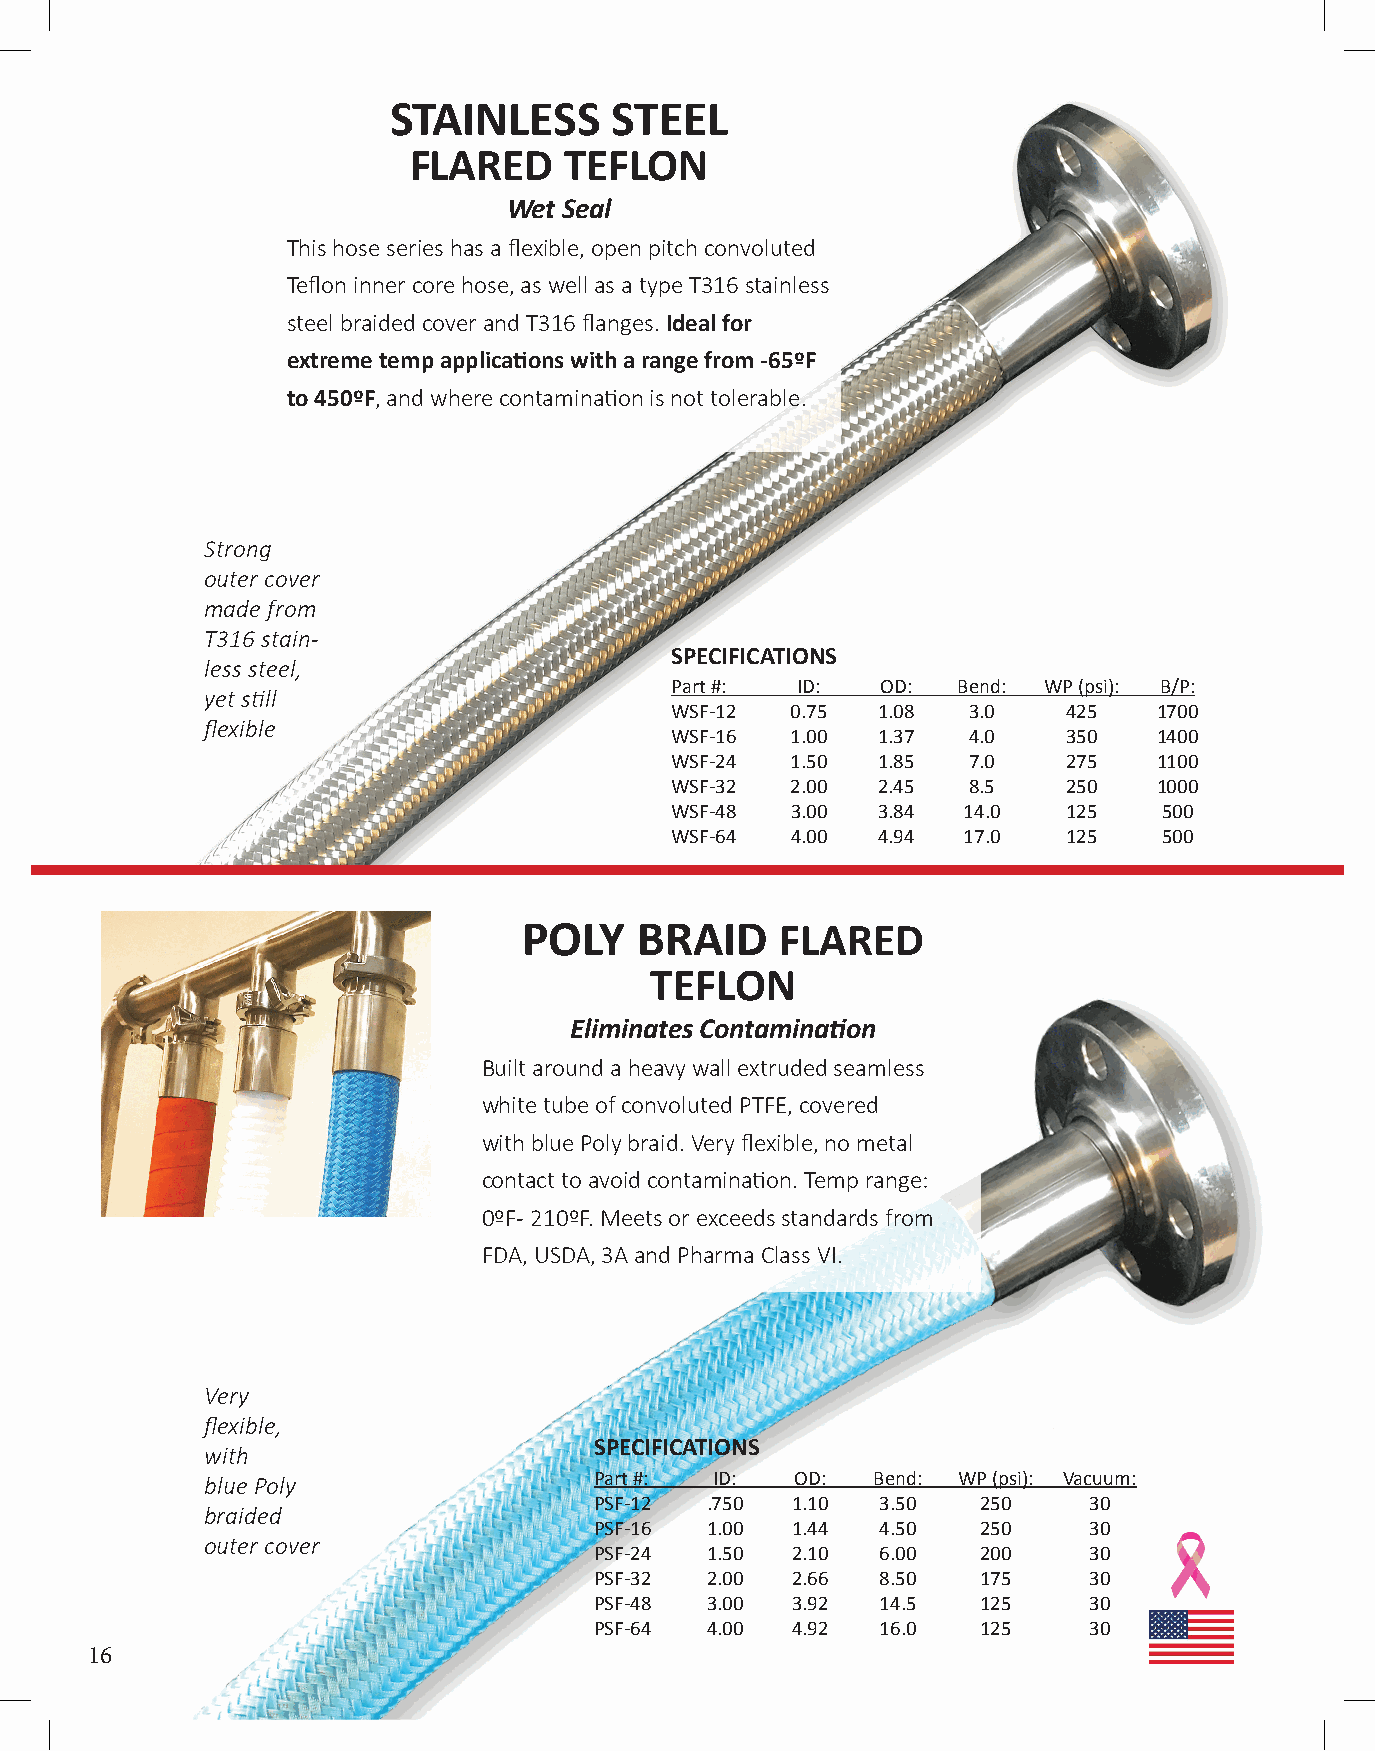
STAINLESS     STEEL
 FLARED    TEFLON
 Wet Seal
 This hose series has a flexible, open pitch convoluted
 Teflon inner core hose, as well as a type T316 stainless
 steel braided cover and T316 flanges. Ideal for
 extreme temp applications with a range from -65ºF
 to 450ºF, and where contamination is not tolerable.
 Strong
 outer cover
 made from
 T316 stain-
 SPECIFICATIONS
 less steel,
 Part #:  ID:  OD:  Bend: WP (psi): B/P:
 yet still
 WSF-12  0.75  1.08  3.0    425   1700
 flexible
 WSF-16  1.00  1.37  4.0    350   1400
 WSF-24  1.50  1.85  7.0    275   1100
 WSF-32  2.00  2.45  8.5    250   1000
 WSF-48  3.00  3.84  14.0   125   500
 WSF-64  4.00  4.94  17.0   125   500
 POLY   BRAID     FLARED
 TEFLON
 Eliminates Contamination
 Built around a heavy wall extruded seamless
 white tube of convoluted PTFE, covered
 with blue Poly braid. Very flexible, no metal
 contact to avoid contamination. Temp range:
 0ºF - 210ºF. Meets or exceeds standards from
 FDA, USDA, 3A and Pharma Class VI.
 Very
 flexible,
 SPECIFICATIONS
 with
 Part #: ID:   OD:  Bend: WP (psi): Vacuum:
 blue Poly
 PSF-12  .750 1.10  3.50   250    30
 braided
 PSF-16  1.00 1.44  4.50   250    30
 outer cover
 PSF-24  1.50 2.10  6.00   200    30
 PSF-32  2.00 2.66  8.50   175    30
 PSF-48  3.00 3.92  14.5   125    30
 PSF-64  4.00 4.92  16.0   125    30
 16